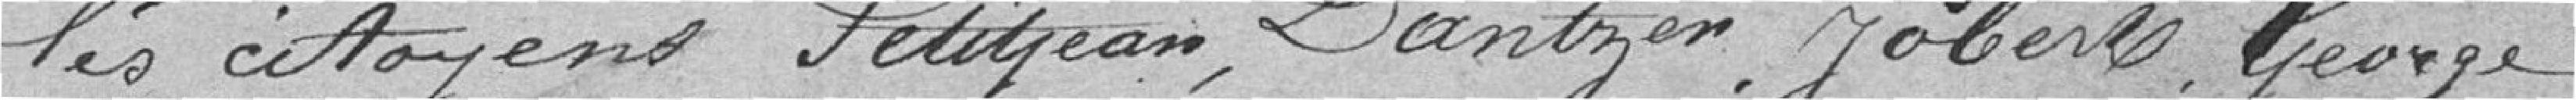
les citoyens Petitjean, Dantzen, Jobert, George et Thierry.